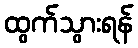
ထွက်သွားရန်